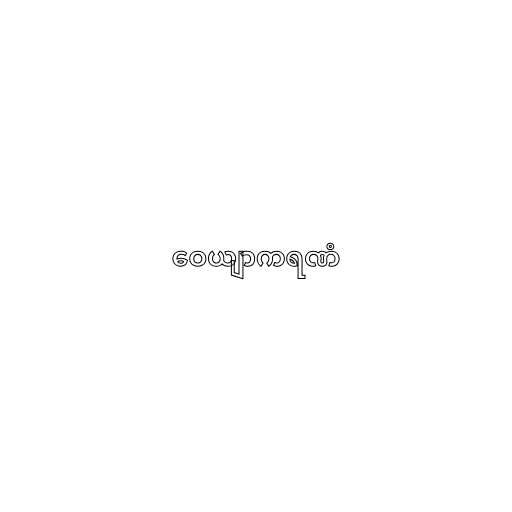
ဝေယျာကရဏံ